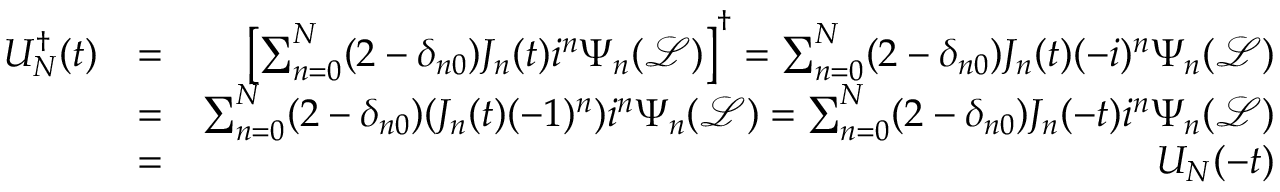
\begin{array} { r l r } { U _ { N } ^ { \dagger } ( t ) } & { = } & { \left[ \sum _ { n = 0 } ^ { N } ( 2 - \delta _ { n 0 } ) J _ { n } ( t ) i ^ { n } \Psi _ { n } ( \mathcal { L } ) \right] ^ { \dagger } = \sum _ { n = 0 } ^ { N } ( 2 - \delta _ { n 0 } ) J _ { n } ( t ) ( - i ) ^ { n } \Psi _ { n } ( \mathcal { L } ) } \\ & { = } & { \sum _ { n = 0 } ^ { N } ( 2 - \delta _ { n 0 } ) ( J _ { n } ( t ) ( - 1 ) ^ { n } ) i ^ { n } \Psi _ { n } ( \mathcal { L } ) = \sum _ { n = 0 } ^ { N } ( 2 - \delta _ { n 0 } ) J _ { n } ( - t ) i ^ { n } \Psi _ { n } ( \mathcal { L } ) } \\ & { = } & { U _ { N } ( - t ) } \end{array}